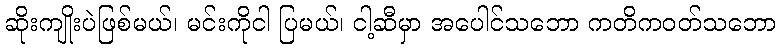
ဆိုးကျိုးပဲဖြစ်မယ်၊ မင်းကိုငါ ပြမယ်၊ ငါ့ဆီမှာ အပေါင်သဘော ကတိကဝတ်သဘော